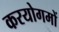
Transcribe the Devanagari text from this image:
करयोगमों